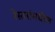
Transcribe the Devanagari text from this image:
रेस्तरांमधील